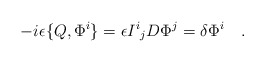
\begin{align*}-i\epsilon \{Q,\Phi^i \} = \epsilon {I^i}_j D \Phi^j = \delta \Phi^i \quad. \end{align*}